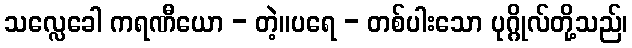
သလ္လေခေါ ကရဏီယော - တဲ့။ပရေ - တစ်ပါးသော ပုဂ္ဂိုလ်တို့သည်၊